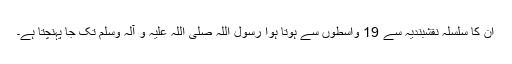
اِن کا سلسلہ نقشبندیہ سے 19 واسطوں سے ہوتا ہوا رسول اللہ صلی اللہ علیہ و آلہ وسلم تک جا پہنچتا ہے۔